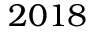
2 0 1 8